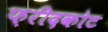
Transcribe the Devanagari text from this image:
फ़रीदकोट